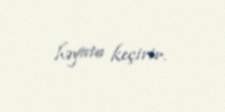
həyata keçirir.